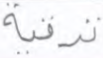
ترقية